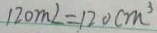
1 2 0 m L = 1 2 0 c m ^ { 3 }